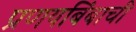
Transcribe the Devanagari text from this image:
प्रणयबिंबाची